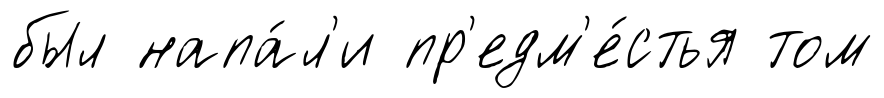
был напа́л'и пр'едм'е́стья том